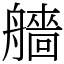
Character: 艢